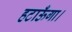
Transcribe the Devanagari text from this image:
हटाऊँगा।